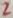
Text: 2